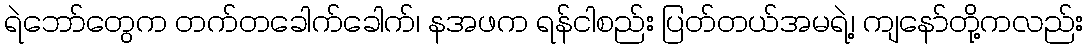
ရဲဘော်တွေက တက်တခေါက်ခေါက်၊ နအဖက ရန်ငါစည်း ပြတ်တယ်အမရဲ့၊ ကျနော်တို့ကလည်း